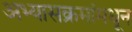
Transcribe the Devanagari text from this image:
अभ्यासक्रमांमधून